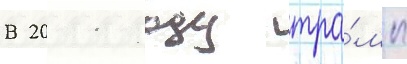
В 2011 году тра́мп